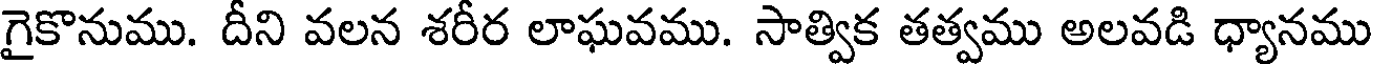
గైకొనుము. దీని వలన శరీర లాఘవము. సాత్విక తత్వము అలవడి ధ్యానము